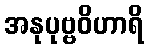
အနုပုဗ္ဗဝိဟာရိ